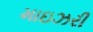
માઇઝરી